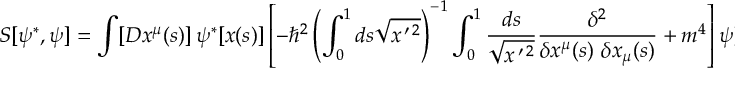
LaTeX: S [ \psi ^ { * } , \psi ] = \int [ D x ^ { \mu } ( s ) ] \, \psi ^ { * } [ x ( s ) ] \left[ - \hbar ^ { 2 } \left( \int _ { 0 } ^ { 1 } d s \sqrt { x ^ { \, \prime \, 2 } } \right) ^ { - 1 } \int _ { 0 } ^ { 1 } { \frac { d s } { \sqrt { x ^ { \, \prime \, 2 } } } } { \frac { \delta ^ { 2 } } { \delta x ^ { \mu } ( s ) \ \delta x _ { \mu } ( s ) } } + m ^ { 4 } \right] \psi [ x ( s ) ] \nonumber \,